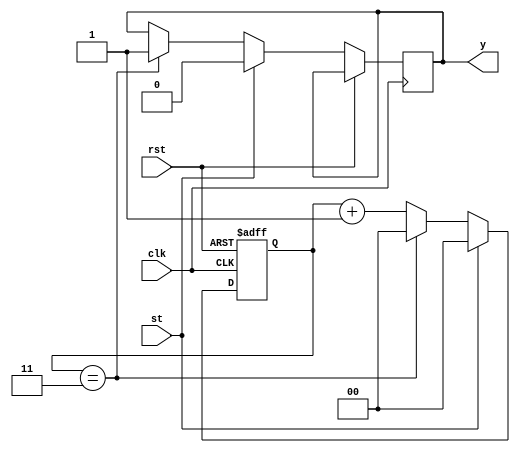
`timescale 1ns / 1ps
//////////////////////////////////////////////////////////////////////////////////
// Company: 
// Engineer: 
// 
// Design Name: 
// Module Name: short_timer
// Project Name: 
// Target Devices: 
// Tool Versions: 
// Description: 
// 
// Dependencies: 
// 
// Revision:
// Revision 0.01 - File Created
// Additional Comments:
// 
//////////////////////////////////////////////////////////////////////////////////


module short_timer(
input st, rst,clk,
output reg y
    );
    reg  [1:0]q;
    always@ (posedge clk or posedge rst )
begin 
        if(rst)
        q<=2'b00;
        else
        begin
           if(st)
              begin
               q<=0;
               y<=0;  
              end 
           else 
            begin  
            if(q==2'b11)
                begin
                     q<=0;
                     y<=1; 
                end
             else 
             q<=q+1;    
            end 
        end
end
endmodule